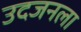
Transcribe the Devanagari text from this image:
उदजनला